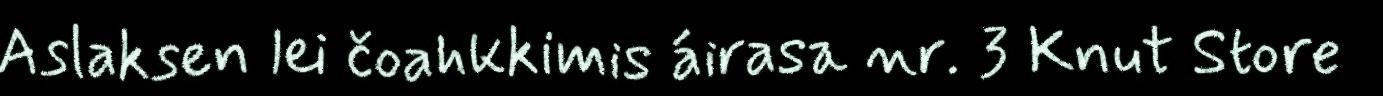
Aslaksen lei čoahkkimis áirasa nr. 3 Knut Store